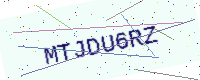
Text: MTJDU6RZ